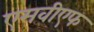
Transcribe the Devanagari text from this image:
एमवीएफ